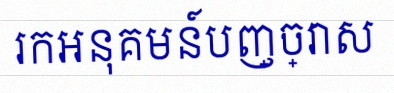
រកអនុគមន៍បញ្ច្រាស